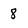
Character: 8